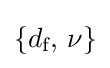
\{d_{\text{f}},\,\nu \}\,\!